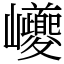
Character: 巙